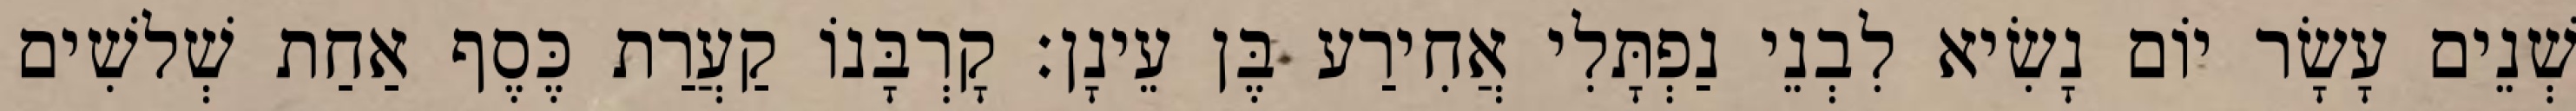
שְׁנֵים עָשָׂר יוֹם נָשִׂיא לִבְנֵי נַפְתָּלִי אֲחִירַע בֶּן עֵינָן׃ קָרְבָּנוֹ קַעֲרַת כֶּסֶף אַחַת שְׁלשִׁים